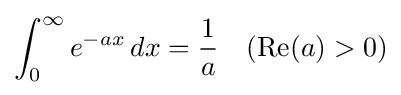
\int _{0}^{\infty }e^{-ax}\,dx={\frac {1}{a}}\quad (\operatorname {Re} (a)>0)